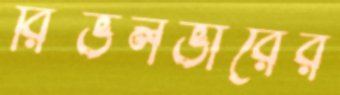
রিভলভারের